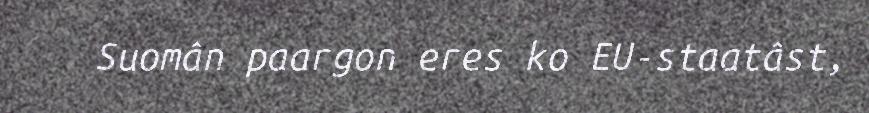
Suomân paargon eres ko EU-staatâst,